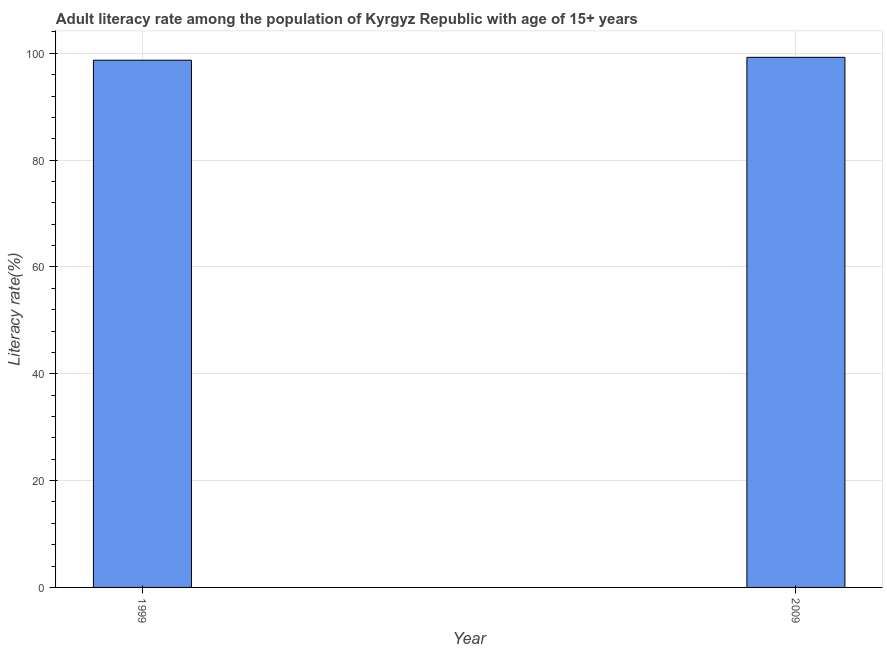
| Year | Adult literacy rate |
 | --- | --- |
 | 1999 | 98.7 |
 | 2009 | 99.2 |